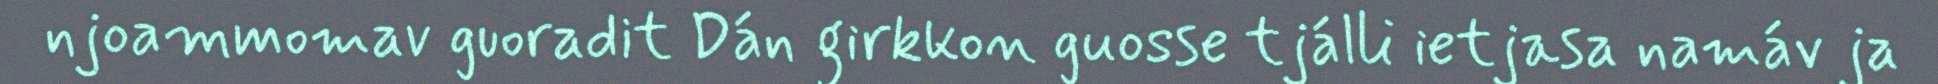
njoammomav guoradit Dán girkkon guosse tjálli ietjasa namáv ja